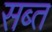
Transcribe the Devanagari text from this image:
सब्त